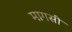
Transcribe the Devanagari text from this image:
मागसी